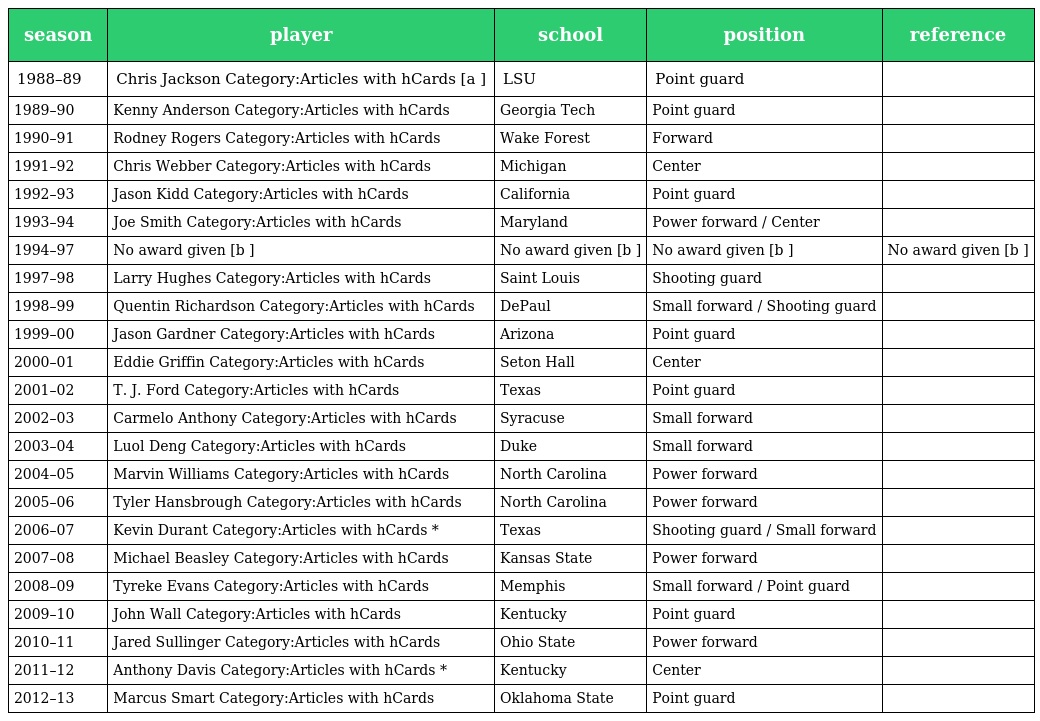
| season | player | school | position | reference |
 | --- | --- | --- | --- | --- |
 | 1988–89 | Chris Jackson Category:Articles with hCards [a ] | LSU | Point guard |  |
 | 1989–90 | Kenny Anderson Category:Articles with hCards | Georgia Tech | Point guard |  |
 | 1990–91 | Rodney Rogers Category:Articles with hCards | Wake Forest | Forward |  |
 | 1991–92 | Chris Webber Category:Articles with hCards | Michigan | Center |  |
 | 1992–93 | Jason Kidd Category:Articles with hCards | California | Point guard |  |
 | 1993–94 | Joe Smith Category:Articles with hCards | Maryland | Power forward / Center |  |
 | 1994–97 | No award given [b ] | No award given [b ] | No award given [b ] | No award given [b ] |
 | 1997–98 | Larry Hughes Category:Articles with hCards | Saint Louis | Shooting guard |  |
 | 1998–99 | Quentin Richardson Category:Articles with hCards | DePaul | Small forward / Shooting guard |  |
 | 1999–00 | Jason Gardner Category:Articles with hCards | Arizona | Point guard |  |
 | 2000–01 | Eddie Griffin Category:Articles with hCards | Seton Hall | Center |  |
 | 2001–02 | T. J. Ford Category:Articles with hCards | Texas | Point guard |  |
 | 2002–03 | Carmelo Anthony Category:Articles with hCards | Syracuse | Small forward |  |
 | 2003–04 | Luol Deng Category:Articles with hCards | Duke | Small forward |  |
 | 2004–05 | Marvin Williams Category:Articles with hCards | North Carolina | Power forward |  |
 | 2005–06 | Tyler Hansbrough Category:Articles with hCards | North Carolina | Power forward |  |
 | 2006–07 | Kevin Durant Category:Articles with hCards * | Texas | Shooting guard / Small forward |  |
 | 2007–08 | Michael Beasley Category:Articles with hCards | Kansas State | Power forward |  |
 | 2008–09 | Tyreke Evans Category:Articles with hCards | Memphis | Small forward / Point guard |  |
 | 2009–10 | John Wall Category:Articles with hCards | Kentucky | Point guard |  |
 | 2010–11 | Jared Sullinger Category:Articles with hCards | Ohio State | Power forward |  |
 | 2011–12 | Anthony Davis Category:Articles with hCards * | Kentucky | Center |  |
 | 2012–13 | Marcus Smart Category:Articles with hCards | Oklahoma State | Point guard |  |